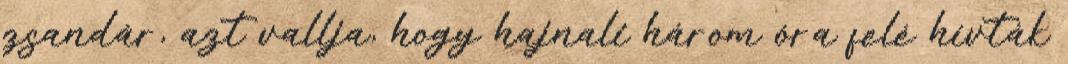
zsandár, azt vallja, hogy hajnali három óra felé hívták